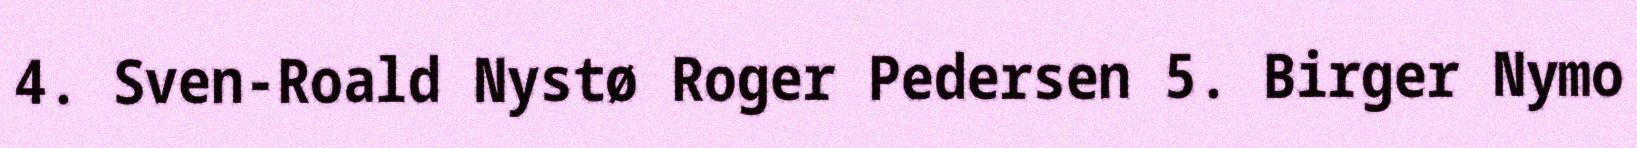
4. Sven-Roald Nystø Roger Pedersen 5. Birger Nymo